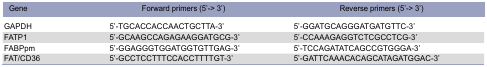
<table><thead><tr><td><b>Gene</b></td><td><b>Forward primers (5’-&gt; 3’)</b></td><td><b>Reverse primers (5’-&gt; 3’)</b></td></tr></thead><tbody><tr><td>GAPDH</td><td>5’-TGCACCACCAACTGCTTA-3’</td><td>5’-GGATGCAGGGATGATGTTC-3’</td></tr><tr><td>FATP1</td><td>5’-GCAAGCCAGAGAAGGATGCG-3’</td><td>5’-CCAAAGAGGTCTCGCCTCG-3’</td></tr><tr><td>FABPpm</td><td>5’-GGAGGGTGGATGGTGTTGAG-3’</td><td>5’-TCCAGATATCAGCCGTGGGA-3’</td></tr><tr><td>FAT/CD36</td><td>5’-GCCTCCTTTCCACCTTTTGT-3’</td><td>5’-GATTCAAACACAGCATAGATGGAC-3’</td></tr></tbody></table>